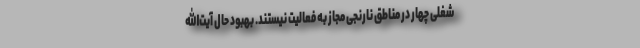
شغلی چهار در مناطق نارنجی مجاز به فعالیت نیستند. بهبود حال آیت‌الله